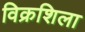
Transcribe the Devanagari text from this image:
विक्रशिला